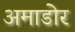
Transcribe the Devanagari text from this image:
अमाडोर